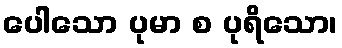
ပေါသော ပုမာ စ ပုရိသော၊